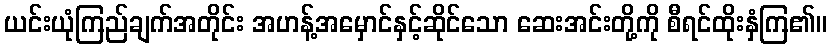
ယင်းယုံကြည်ချက်အတိုင်း အဟန့်အမှောင်နှင့်ဆိုင်သော ဆေးအင်းတို့ကို စီရင်ထိုးနှံကြ၏။